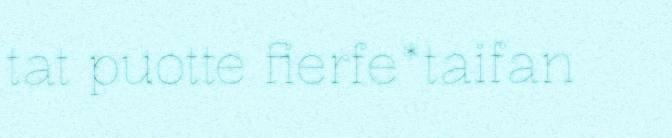
tat puotte fierfe*taifan